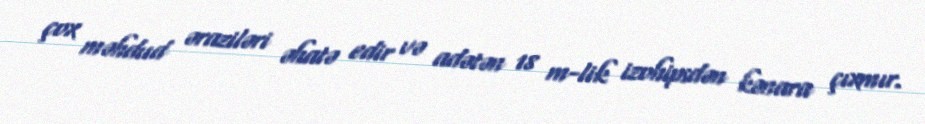
çox məhdud əraziləri əhatə edir və adətən 18 m-lik izohipsdən kənara çıxmır.